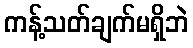
ကန့်သတ်ချက်မရှိဘဲ